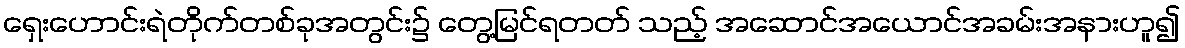
ရှေးဟောင်းရဲတိုက်တစ်ခုအတွင်း၌ တွေ့မြင်ရတတ် သည့် အဆောင်အယောင်အခမ်းအနားဟူ၍